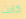
كانت